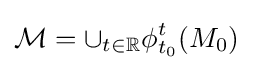
{\mathcal {M}}=\cup _{t\in \mathbb {R} }\phi _{t_{0}}^{t}(M_{0})